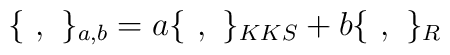
\{\,\, ,\,\,\}_{a,b}=a\{\,\, ,\,\,\}_{KKS}+b\{\,\, ,\,\,\}_R